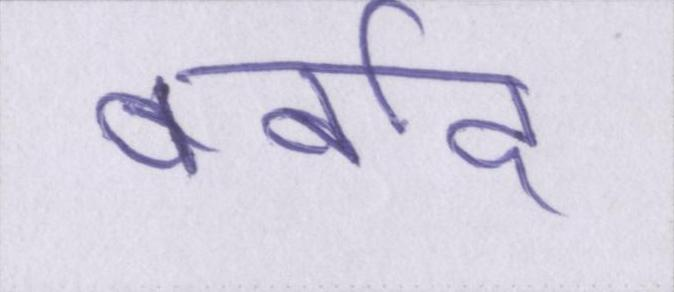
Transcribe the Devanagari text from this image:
बर्बाद